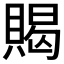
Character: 𲂲